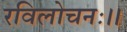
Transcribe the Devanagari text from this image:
रविलोचनः।।